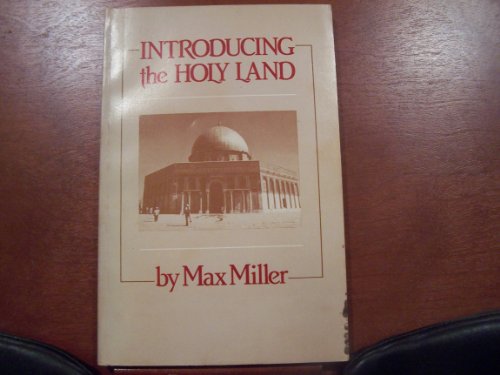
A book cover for Introducing the Holy Land; J. Maxwell Miller; Travel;